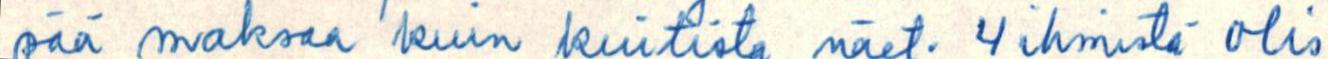
pää maksaa kuin kuitista näet. 4 ihmistä olis